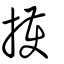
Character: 擭